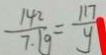
\frac { 1 4 2 } { 7 . 1 g } = \frac { 1 1 7 } { y }